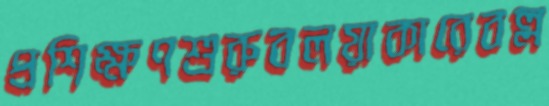
প্রশিক্ষণশুরুবলয়াকারেবল্ল